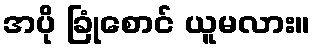
အပို ခြုံစောင် ယူမလား။